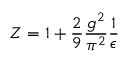
Z = { 1 + \frac { 2 } { 9 } \frac { g ^ { 2 } } { \pi ^ { 2 } } \frac { 1 } { \epsilon } }